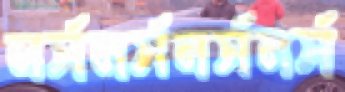
নর্সনর্সনর্সনর্স